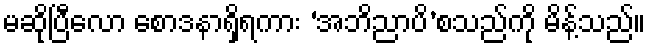
မဆိုပြီလော စောဒနာရှိရကား ‘အဘိညာပိ’စသည်ကို မိန့်သည်။